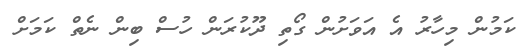
ކަމުން މިހާރު އެ އަވަށުން ގޯތި ދޫކުރަން ހުސް ބިން ނެތް ކަމަށް